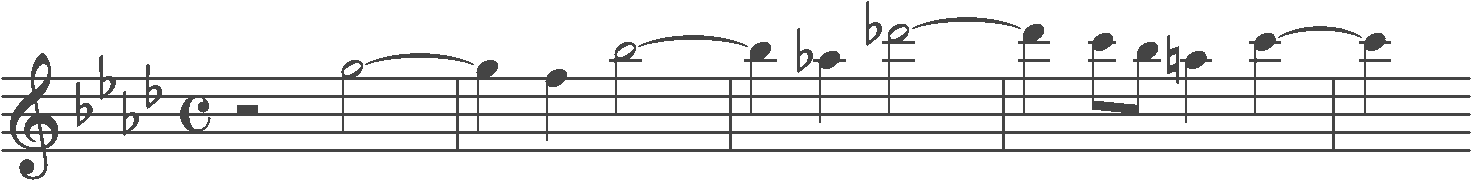
Transcription: clef-G2 keySignature-AbM timeSignature-C rest-half note-G5_half tie barline note-G5_quarter note-F5_quarter note-Bb5_half tie barline note-Bb5_quarter note-Ab5_quarter note-Db6_half tie barline note-Db6_quarter note-C6_eighth note-Bb5_eighth note-A5_quarter note-C6_quarter tie barline note-C6_quarter